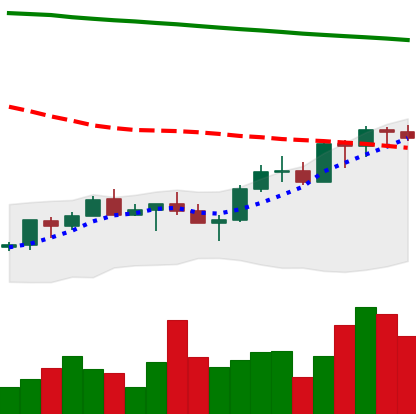
Ticker: XMR-USD
Chart end date: 2022-07-22
Forward return: 8.246%
Label: up_7plus